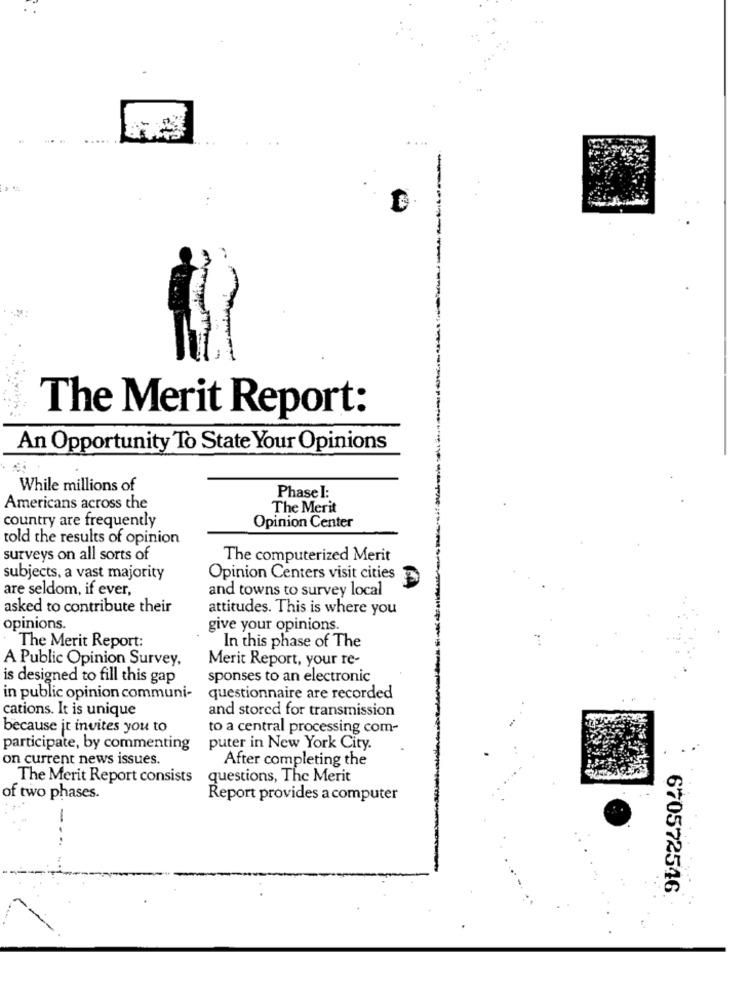
....
The Merit Report:
An Opportunity To State Your Opinions
While millions of
Phase I:
Americans across the
The Merit
country are frequently
Opinion Center
told the results of opinion
surveys on all sorts of
The computerized Merit
subjects, a vast majority
Opinion Centers visit cities
are seldom, if ever,
and towns to survey local
asked to contribute their
attitudes. This is where you
opinions.
give your opinions.
The Merit Report:
In this phase of The
A Public Opinion Survey,
Merit Report, your re-
is designed to fill this gap
sponses to an electronic
in public opinion communi-
questionnaire are recorded
cations. It is unique
and stored for transmission
because it invites you to
to a central processing com-
participate, by commenting
puter in New York City.
on current news issues.
After completing the
The Merit Report consists
questions, The Merit
of two phases.
Report provides a computer
670572546